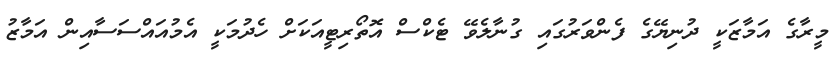
މީރާގެ އަމާޒަކީ ދުނިޔޭގެ ފެންވަރުގައި ގުނާލެވޭ ޓެކްސް އޮތޯރިޓީއަކަށް ހެދުމަކީ އެމުއައްސަސާއިން އަމާޒު